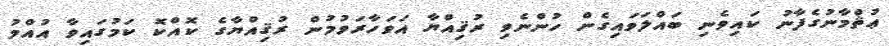
ޢުޘްމާނުގެފާނު ކައިވެނި ބައްލަވައިގެން ހުންނެވި ރުޤިއްޔާ އަވަހާރަވުމުން ރުޤިއްޔާގެ ކޮއްކޮ ކަމުގައިވާ އުއްމު